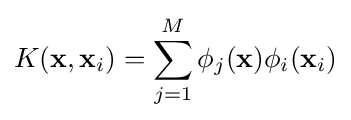
K(\mathbf {x} ,\mathbf {x} _{i})=\sum _{j=1}^{M}\phi _{j}(\mathbf {x} )\phi _{i}(\mathbf {x} _{i})